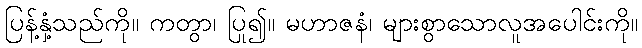
ပြန့်နှံ့သည်ကို။ ကတွာ၊ ပြု၍။ မဟာဇနံ၊ များစွာသောလူအပေါင်းကို။